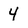
Character: 4